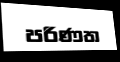
පරිණත